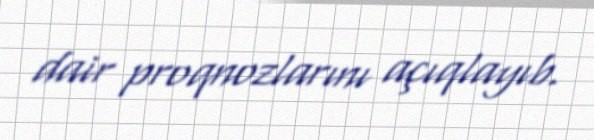
dair proqnozlarını açıqlayıb.